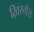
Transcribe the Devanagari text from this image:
ख्रिस्तोस